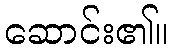
ဆောင်း၏။